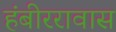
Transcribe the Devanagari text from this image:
हंबीररावास